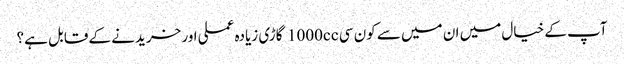
آپ کے خیال میں ان میں سے کون سی 1000cc گاڑی زیادہ عملی اور خریدنے کے قابل ہے؟